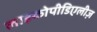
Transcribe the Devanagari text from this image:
लाइकोपीडिएलीज़